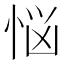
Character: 悩